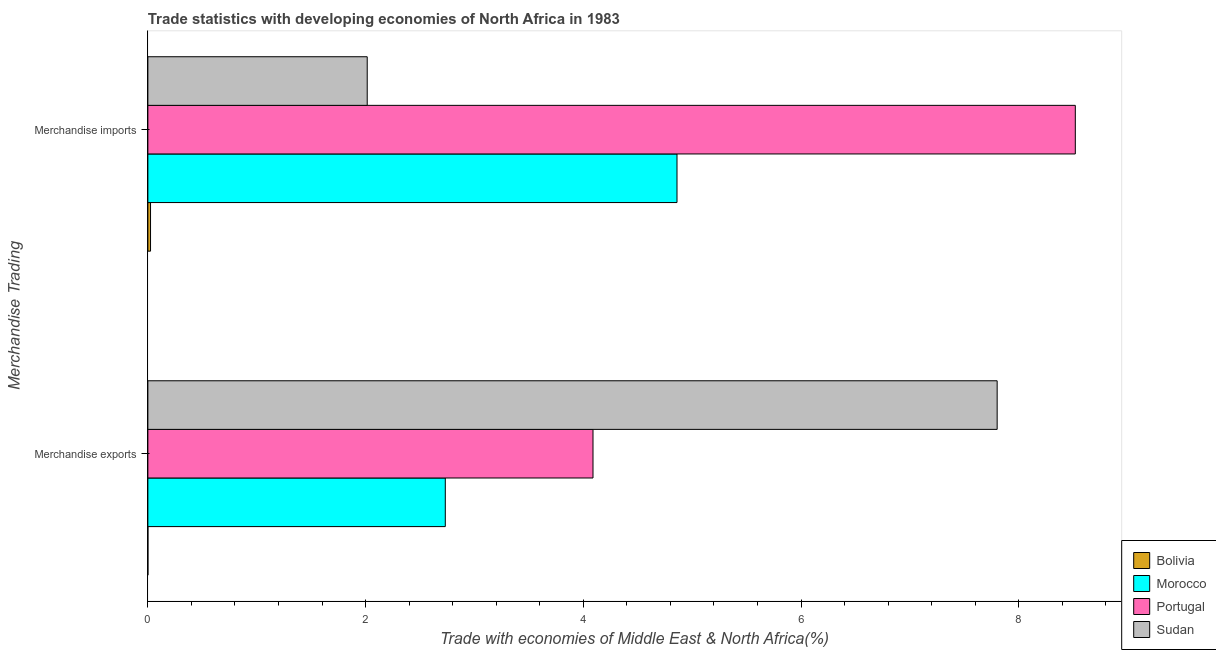
| Merchandise Trading | Bolivia | Morocco | Portugal | Sudan |
 | --- | --- | --- | --- | --- |
 | Merchandise exports | 0.000254 | 2.73 | 4.09 | 7.8 |
 | Merchandise imports | 0.0245 | 4.86 | 8.52 | 2.01 |